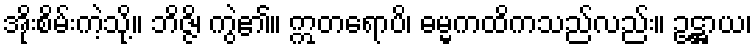
အိုးစိမ်းကဲ့သို့။ ဘိဇ္ဇိ၊ ကွဲ၏။ ဣတရောပိ၊ ဓမ္မကထိကသည်လည်း။ ဥဋ္ဌာယ၊